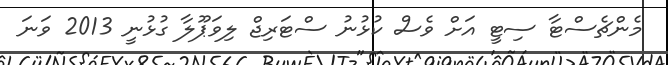
މެންޗެސްޓާ ސިޓީ އަށް ވެސް ކުޅުނު ސްޓަރިޖް ލިވަޕޫލާ ގުޅުނީ 2013 ވަނަ